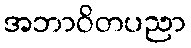
အဘာဝိတပညာ